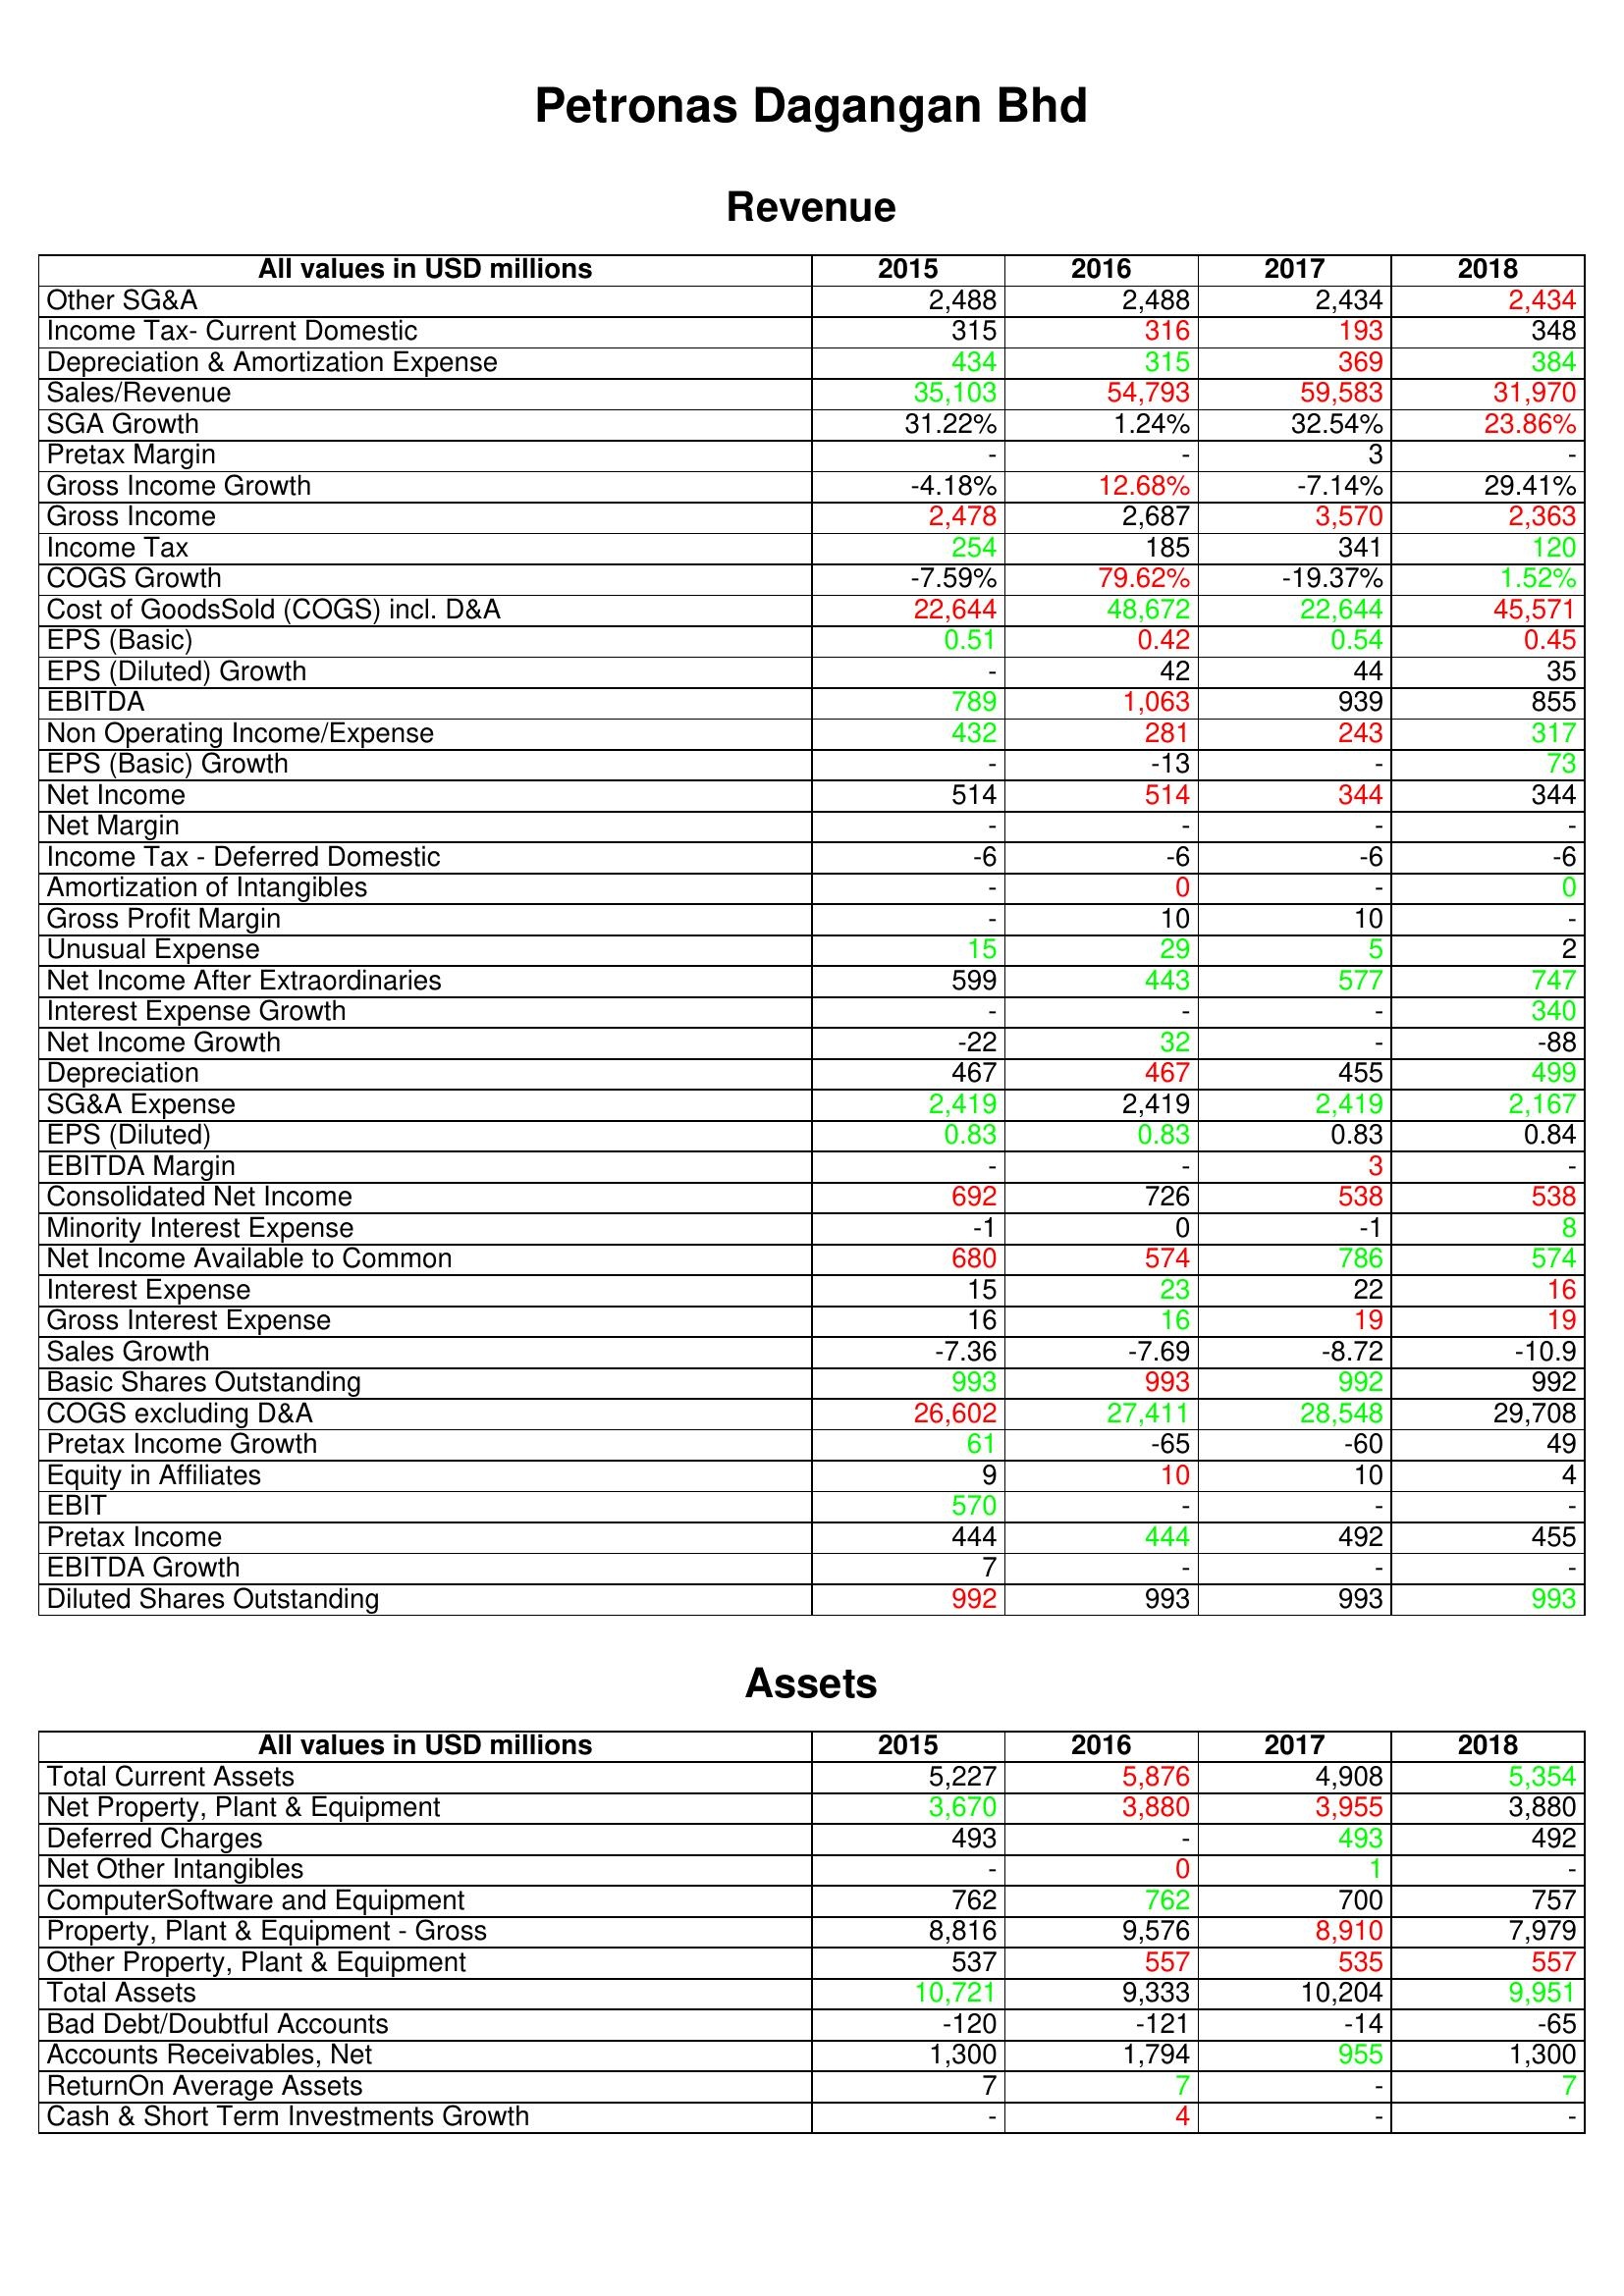
gt_parse: 2015: Revenue: Other SG&A: 2,488
Income Tax- Current Domestic: 315
Depreciation & Amortization Expense: 434
Sales/Revenue: 35,103
SGA Growth: 31.22%
Pretax Margin: -
Gross Income Growth: -4.18%
Gross Income: 2,478
Income Tax: 254
COGS Growth: -7.59%
Cost of GoodsSold (COGS) incl. D&A: 22,644
EPS (Basic): 0.51
EPS (Diluted) Growth: -
EBITDA: 789
Non Operating Income/Expense: 432
EPS (Basic) Growth: -
Net Income: 514
Net Margin: -
Income Tax - Deferred Domestic: -6
Amortization of Intangibles: -
Gross Profit Margin: -
Unusual Expense: 15
Net Income After Extraordinaries: 599
Interest Expense Growth: -
Net Income Growth: -22
Depreciation: 467
SG&A Expense: 2,419
EPS (Diluted): 0.83
EBITDA Margin: -
Consolidated Net Income: 692
Minority Interest Expense: -1
Net Income Available to Common: 680
Interest Expense: 15
Gross Interest Expense: 16
Sales Growth: -7.36
Basic Shares Outstanding: 993
COGS excluding D&A: 26,602
Pretax Income Growth: 61
Equity in Affiliates: 9
EBIT: 570
Pretax Income: 444
EBITDA Growth: 7
Diluted Shares Outstanding: 992
Assets: Total Current Assets: 5,227
Net Property, Plant & Equipment: 3,670
Deferred Charges: 493
Net Other Intangibles: -
ComputerSoftware and Equipment: 762
Property, Plant & Equipment - Gross : 8,816
Other Property, Plant & Equipment: 537
Total Assets: 10,721
Bad Debt/Doubtful Accounts: -120
Accounts Receivables, Net: 1,300
ReturnOn Average Assets: 7
Cash & Short Term Investments Growth: -
2016: Revenue: Other SG&A: 2,488
Income Tax- Current Domestic: 316
Depreciation & Amortization Expense: 315
Sales/Revenue: 54,793
SGA Growth: 1.24%
Pretax Margin: -
Gross Income Growth: 12.68%
Gross Income: 2,687
Income Tax: 185
COGS Growth: 79.62%
Cost of GoodsSold (COGS) incl. D&A: 48,672
EPS (Basic): 0.42
EPS (Diluted) Growth: 42
EBITDA: 1,063
Non Operating Income/Expense: 281
EPS (Basic) Growth: -13
Net Income: 514
Net Margin: -
Income Tax - Deferred Domestic: -6
Amortization of Intangibles: 0
Gross Profit Margin: 10
Unusual Expense: 29
Net Income After Extraordinaries: 443
Interest Expense Growth: -
Net Income Growth: 32
Depreciation: 467
SG&A Expense: 2,419
EPS (Diluted): 0.83
EBITDA Margin: -
Consolidated Net Income: 726
Minority Interest Expense: 0
Net Income Available to Common: 574
Interest Expense: 23
Gross Interest Expense: 16
Sales Growth: -7.69
Basic Shares Outstanding: 993
COGS excluding D&A: 27,411
Pretax Income Growth: -65
Equity in Affiliates: 10
EBIT: -
Pretax Income: 444
EBITDA Growth: -
Diluted Shares Outstanding: 993
Assets: Total Current Assets: 5,876
Net Property, Plant & Equipment: 3,880
Deferred Charges: -
Net Other Intangibles: 0
ComputerSoftware and Equipment: 762
Property, Plant & Equipment - Gross : 9,576
Other Property, Plant & Equipment: 557
Total Assets: 9,333
Bad Debt/Doubtful Accounts: -121
Accounts Receivables, Net: 1,794
ReturnOn Average Assets: 7
Cash & Short Term Investments Growth: 4
2017: Revenue: Other SG&A: 2,434
Income Tax- Current Domestic: 193
Depreciation & Amortization Expense: 369
Sales/Revenue: 59,583
SGA Growth: 32.54%
Pretax Margin: 3
Gross Income Growth: -7.14%
Gross Income: 3,570
Income Tax: 341
COGS Growth: -19.37%
Cost of GoodsSold (COGS) incl. D&A: 22,644
EPS (Basic): 0.54
EPS (Diluted) Growth: 44
EBITDA: 939
Non Operating Income/Expense: 243
EPS (Basic) Growth: -
Net Income: 344
Net Margin: -
Income Tax - Deferred Domestic: -6
Amortization of Intangibles: -
Gross Profit Margin: 10
Unusual Expense: 5
Net Income After Extraordinaries: 577
Interest Expense Growth: -
Net Income Growth: -
Depreciation: 455
SG&A Expense: 2,419
EPS (Diluted): 0.83
EBITDA Margin: 3
Consolidated Net Income: 538
Minority Interest Expense: -1
Net Income Available to Common: 786
Interest Expense: 22
Gross Interest Expense: 19
Sales Growth: -8.72
Basic Shares Outstanding: 992
COGS excluding D&A: 28,548
Pretax Income Growth: -60
Equity in Affiliates: 10
EBIT: -
Pretax Income: 492
EBITDA Growth: -
Diluted Shares Outstanding: 993
Assets: Total Current Assets: 4,908
Net Property, Plant & Equipment: 3,955
Deferred Charges: 493
Net Other Intangibles: 1
ComputerSoftware and Equipment: 700
Property, Plant & Equipment - Gross : 8,910
Other Property, Plant & Equipment: 535
Total Assets: 10,204
Bad Debt/Doubtful Accounts: -14
Accounts Receivables, Net: 955
ReturnOn Average Assets: -
Cash & Short Term Investments Growth: -
2018: Revenue: Other SG&A: 2,434
Income Tax- Current Domestic: 348
Depreciation & Amortization Expense: 384
Sales/Revenue: 31,970
SGA Growth: 23.86%
Pretax Margin: -
Gross Income Growth: 29.41%
Gross Income: 2,363
Income Tax: 120
COGS Growth: 1.52%
Cost of GoodsSold (COGS) incl. D&A: 45,571
EPS (Basic): 0.45
EPS (Diluted) Growth: 35
EBITDA: 855
Non Operating Income/Expense: 317
EPS (Basic) Growth: 73
Net Income: 344
Net Margin: -
Income Tax - Deferred Domestic: -6
Amortization of Intangibles: 0
Gross Profit Margin: -
Unusual Expense: 2
Net Income After Extraordinaries: 747
Interest Expense Growth: 340
Net Income Growth: -88
Depreciation: 499
SG&A Expense: 2,167
EPS (Diluted): 0.84
EBITDA Margin: -
Consolidated Net Income: 538
Minority Interest Expense: 8
Net Income Available to Common: 574
Interest Expense: 16
Gross Interest Expense: 19
Sales Growth: -10.9
Basic Shares Outstanding: 992
COGS excluding D&A: 29,708
Pretax Income Growth: 49
Equity in Affiliates: 4
EBIT: -
Pretax Income: 455
EBITDA Growth: -
Diluted Shares Outstanding: 993
Assets: Total Current Assets: 5,354
Net Property, Plant & Equipment: 3,880
Deferred Charges: 492
Net Other Intangibles: -
ComputerSoftware and Equipment: 757
Property, Plant & Equipment - Gross : 7,979
Other Property, Plant & Equipment: 557
Total Assets: 9,951
Bad Debt/Doubtful Accounts: -65
Accounts Receivables, Net: 1,300
ReturnOn Average Assets: 7
Cash & Short Term Investments Growth: -